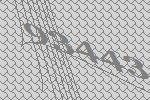
93443